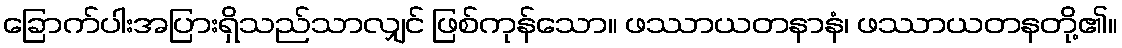
ခြောက်ပါးအပြားရှိသည်သာလျှင် ဖြစ်ကုန်သော။ ဖဿာယတနာနံ၊ ဖဿာယတနတို့၏။